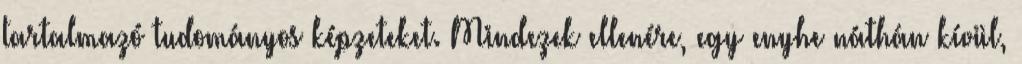
tartalmazó tudományos képzeteket. Mindezek ellenére, egy enyhe náthán kívül,